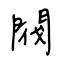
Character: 閥